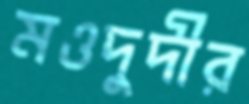
মওদুদীর